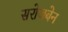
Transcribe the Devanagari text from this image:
सरोजबेन